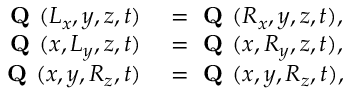
\begin{array} { r l } { \textbf { Q } ( L _ { x } , y , z , t ) } & { { } = \textbf { Q } ( R _ { x } , y , z , t ) , } \\ { \textbf { Q } ( x , L _ { y } , z , t ) } & { { } = \textbf { Q } ( x , R _ { y } , z , t ) , } \\ { \textbf { Q } ( x , y , R _ { z } , t ) } & { { } = \textbf { Q } ( x , y , R _ { z } , t ) , } \end{array}